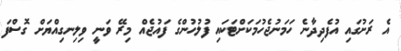
އެ ރަށުގައި އުފެދިދާނެ ހަމަނުޖެހުމަކަށްޓަކައި ފުލުހުންގެ ފައުޖެއް މިރޭ ވަނީ ވިލިނގިއްޔަށް ގޮސްފަ